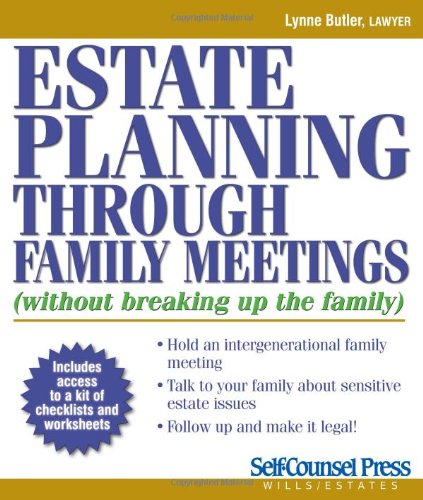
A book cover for Estate Planning Through Family Meetings: Without Breaking Up the Family (Self-Counsel Legal Series); Lynn Butler; Law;